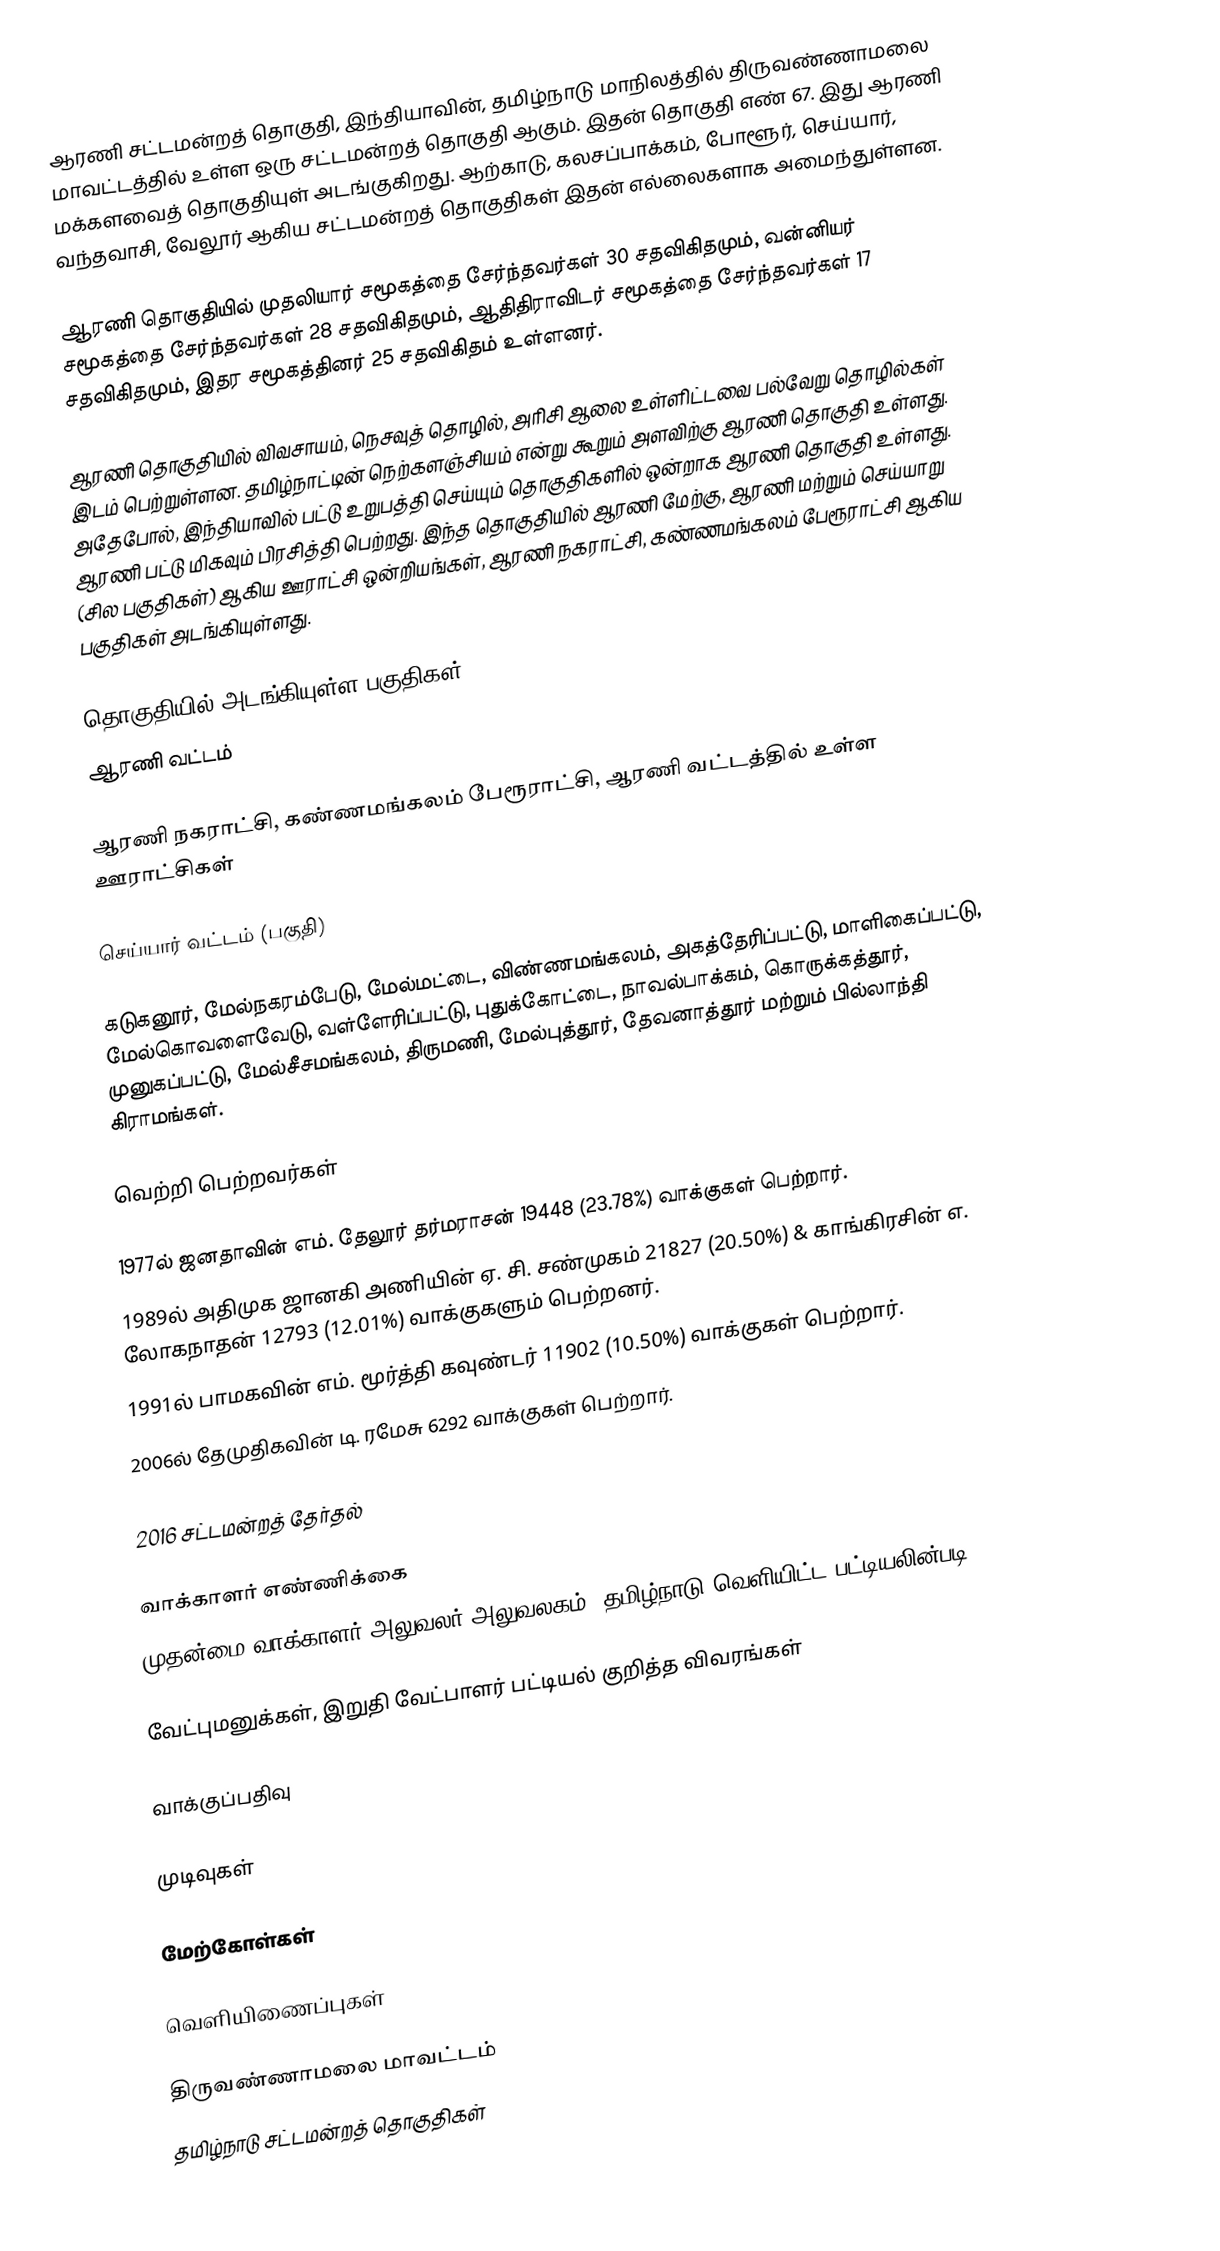
ஆரணி சட்டமன்றத் தொகுதி, இந்தியாவின், தமிழ்நாடு மாநிலத்தில்  திருவண்ணாமலை மாவட்டத்தில் உள்ள ஒரு சட்டமன்றத் தொகுதி ஆகும். இதன் தொகுதி எண் 67. இது ஆரணி மக்களவைத் தொகுதியுள் அடங்குகிறது. ஆற்காடு, கலசப்பாக்கம், போளூர், செய்யார், வந்தவாசி, வேலூர் ஆகிய சட்டமன்றத் தொகுதிகள் இதன் எல்லைகளாக அமைந்துள்ளன.

ஆரணி தொகுதியில் முதலியார் சமூகத்தை சேர்ந்தவர்கள் 30 சதவிகிதமும், வன்னியர் சமூகத்தை சேர்ந்தவர்கள் 28 சதவிகிதமும், ஆதிதிராவிடர் சமூகத்தை சேர்ந்தவர்கள் 17 சதவிகிதமும், இதர சமூகத்தினர் 25 சதவிகிதம் உள்ளனர்.

ஆரணி தொகுதியில் விவசாயம், நெசவுத் தொழில், அரிசி ஆலை உள்ளிட்டவை பல்வேறு தொழில்கள் இடம் பெற்றுள்ளன. தமிழ்நாட்டின் நெற்களஞ்சியம் என்று கூறும் அளவிற்கு ஆரணி தொகுதி உள்ளது. அதேபோல், இந்தியாவில் பட்டு உறுபத்தி செய்யும் தொகுதிகளில் ஒன்றாக ஆரணி தொகுதி உள்ளது. ஆரணி பட்டு மிகவும் பிரசித்தி பெற்றது. இந்த தொகுதியில் ஆரணி மேற்கு, ஆரணி மற்றும் செய்யாறு (சில பகுதிகள்) ஆகிய ஊராட்சி ஒன்றியங்கள், ஆரணி நகராட்சி, கண்ணமங்கலம் பேரூராட்சி ஆகிய பகுதிகள் அடங்கியுள்ளது.

தொகுதியில் அடங்கியுள்ள பகுதிகள்
 ஆரணி வட்டம்

ஆரணி நகராட்சி, கண்ணமங்கலம் பேரூராட்சி, ஆரணி வட்டத்தில் உள்ள ஊராட்சிகள்

 செய்யார் வட்டம் (பகுதி)

கடுகனூர், மேல்நகரம்பேடு, மேல்மட்டை, விண்ணமங்கலம், அகத்தேரிப்பட்டு, மாளிகைப்பட்டு, மேல்கொவளைவேடு, வள்ளேரிப்பட்டு, புதுக்கோட்டை, நாவல்பாக்கம், கொருக்கத்தூர், முனுகப்பட்டு, மேல்சீசமங்கலம், திருமணி, மேல்புத்தூர், தேவனாத்தூர் மற்றும் பில்லாந்தி கிராமங்கள்.

வெற்றி பெற்றவர்கள்

 1977ல் ஜனதாவின் எம். தேலூர் தர்மராசன் 19448 (23.78%) வாக்குகள் பெற்றார்.
1989ல் அதிமுக ஜானகி அணியின் ஏ. சி. சண்முகம் 21827 (20.50%) & காங்கிரசின் எ. லோகநாதன் 12793 (12.01%) வாக்குகளும் பெற்றனர்.
1991ல் பாமகவின் எம். மூர்த்தி கவுண்டர் 11902 (10.50%) வாக்குகள் பெற்றார்.
2006ல்  தேமுதிகவின் டி. ரமேசு 6292 வாக்குகள் பெற்றார்.

2016 சட்டமன்றத் தேர்தல்

வாக்காளர் எண்ணிக்கை
முதன்மை வாக்காளர் அலுவலர் அலுவலகம், தமிழ்நாடு வெளியிட்ட பட்டியலின்படி,

வேட்புமனுக்கள், இறுதி வேட்பாளர் பட்டியல் குறித்த விவரங்கள்

வாக்குப்பதிவு

முடிவுகள்

மேற்கோள்கள்

வெளியிணைப்புகள்

திருவண்ணாமலை மாவட்டம்
தமிழ்நாடு சட்டமன்றத் தொகுதிகள்